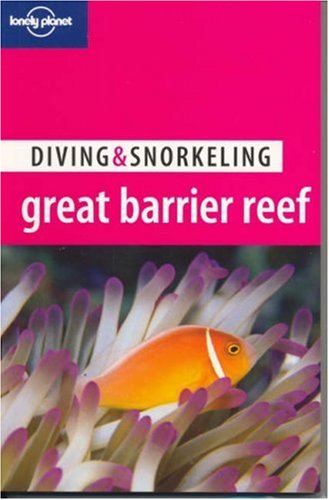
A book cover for Lonely Planet Diving & Snorkeling Great Barrier Reef; Len Zell; Travel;